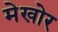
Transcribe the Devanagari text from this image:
मेखोर